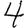
Digit: 4